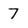
Character: 7